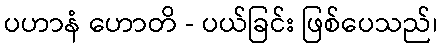
ပဟာနံ ဟောတိ - ပယ်ခြင်း ဖြစ်ပေသည်၊